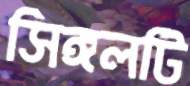
সিঙ্গলটি